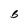
Character: B